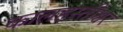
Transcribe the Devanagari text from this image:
कालहस्तीश्वर